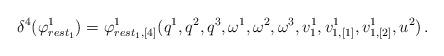
LaTeX: \begin{align*}\delta^{4}(\varphi_{rest_{1}}^{1})=\varphi_{rest_{1},[4]}^{1}(q^{1},q^{2},q^{3},\omega^{1},\omega^{2},\omega^{3},v_{1}^{1},v_{1,[1]}^{1},v_{1,[2]}^{1},u^{2})\,.\end{align*}